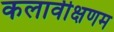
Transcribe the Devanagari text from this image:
कलावीक्षणम